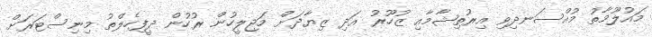
މައުލޫމާތު މުއްސަނދިވި އިރުތިޝާމާއި ޒުހޫރު އަދި ޒިޔާދަށް މަޖިލީހުން ރުހުން ދީފިހެލްތު މިނިސްޓަރަށް